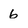
Character: 6